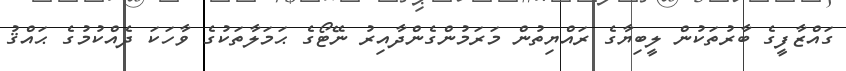
ގައްޒާފީގެ ބާރުތަކުން ލީބިޔާގެ ރައްޔިތުން މަރަމުންގެންދާއިރު ނޭޓޯގެ ޙަމަލާތަކުގެ ވާހަކަ ދެއްކުމުގެ ޙައްޤު